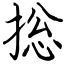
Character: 捴